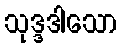
သုဒ္ဒဒါသော